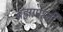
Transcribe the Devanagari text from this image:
ब्रह्मापत्नी